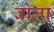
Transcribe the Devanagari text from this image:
वोल्प